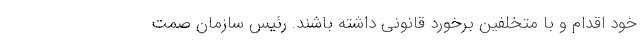
خود اقدام و با متخلفین برخورد قانونی داشته باشند. رئیس سازمان صمت